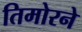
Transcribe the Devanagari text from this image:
तिमोरने